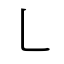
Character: ㇄